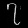
Digit: ၇